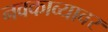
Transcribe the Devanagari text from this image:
नवकाव्यावर